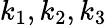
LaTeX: k_{1},k_{2},k_{3}